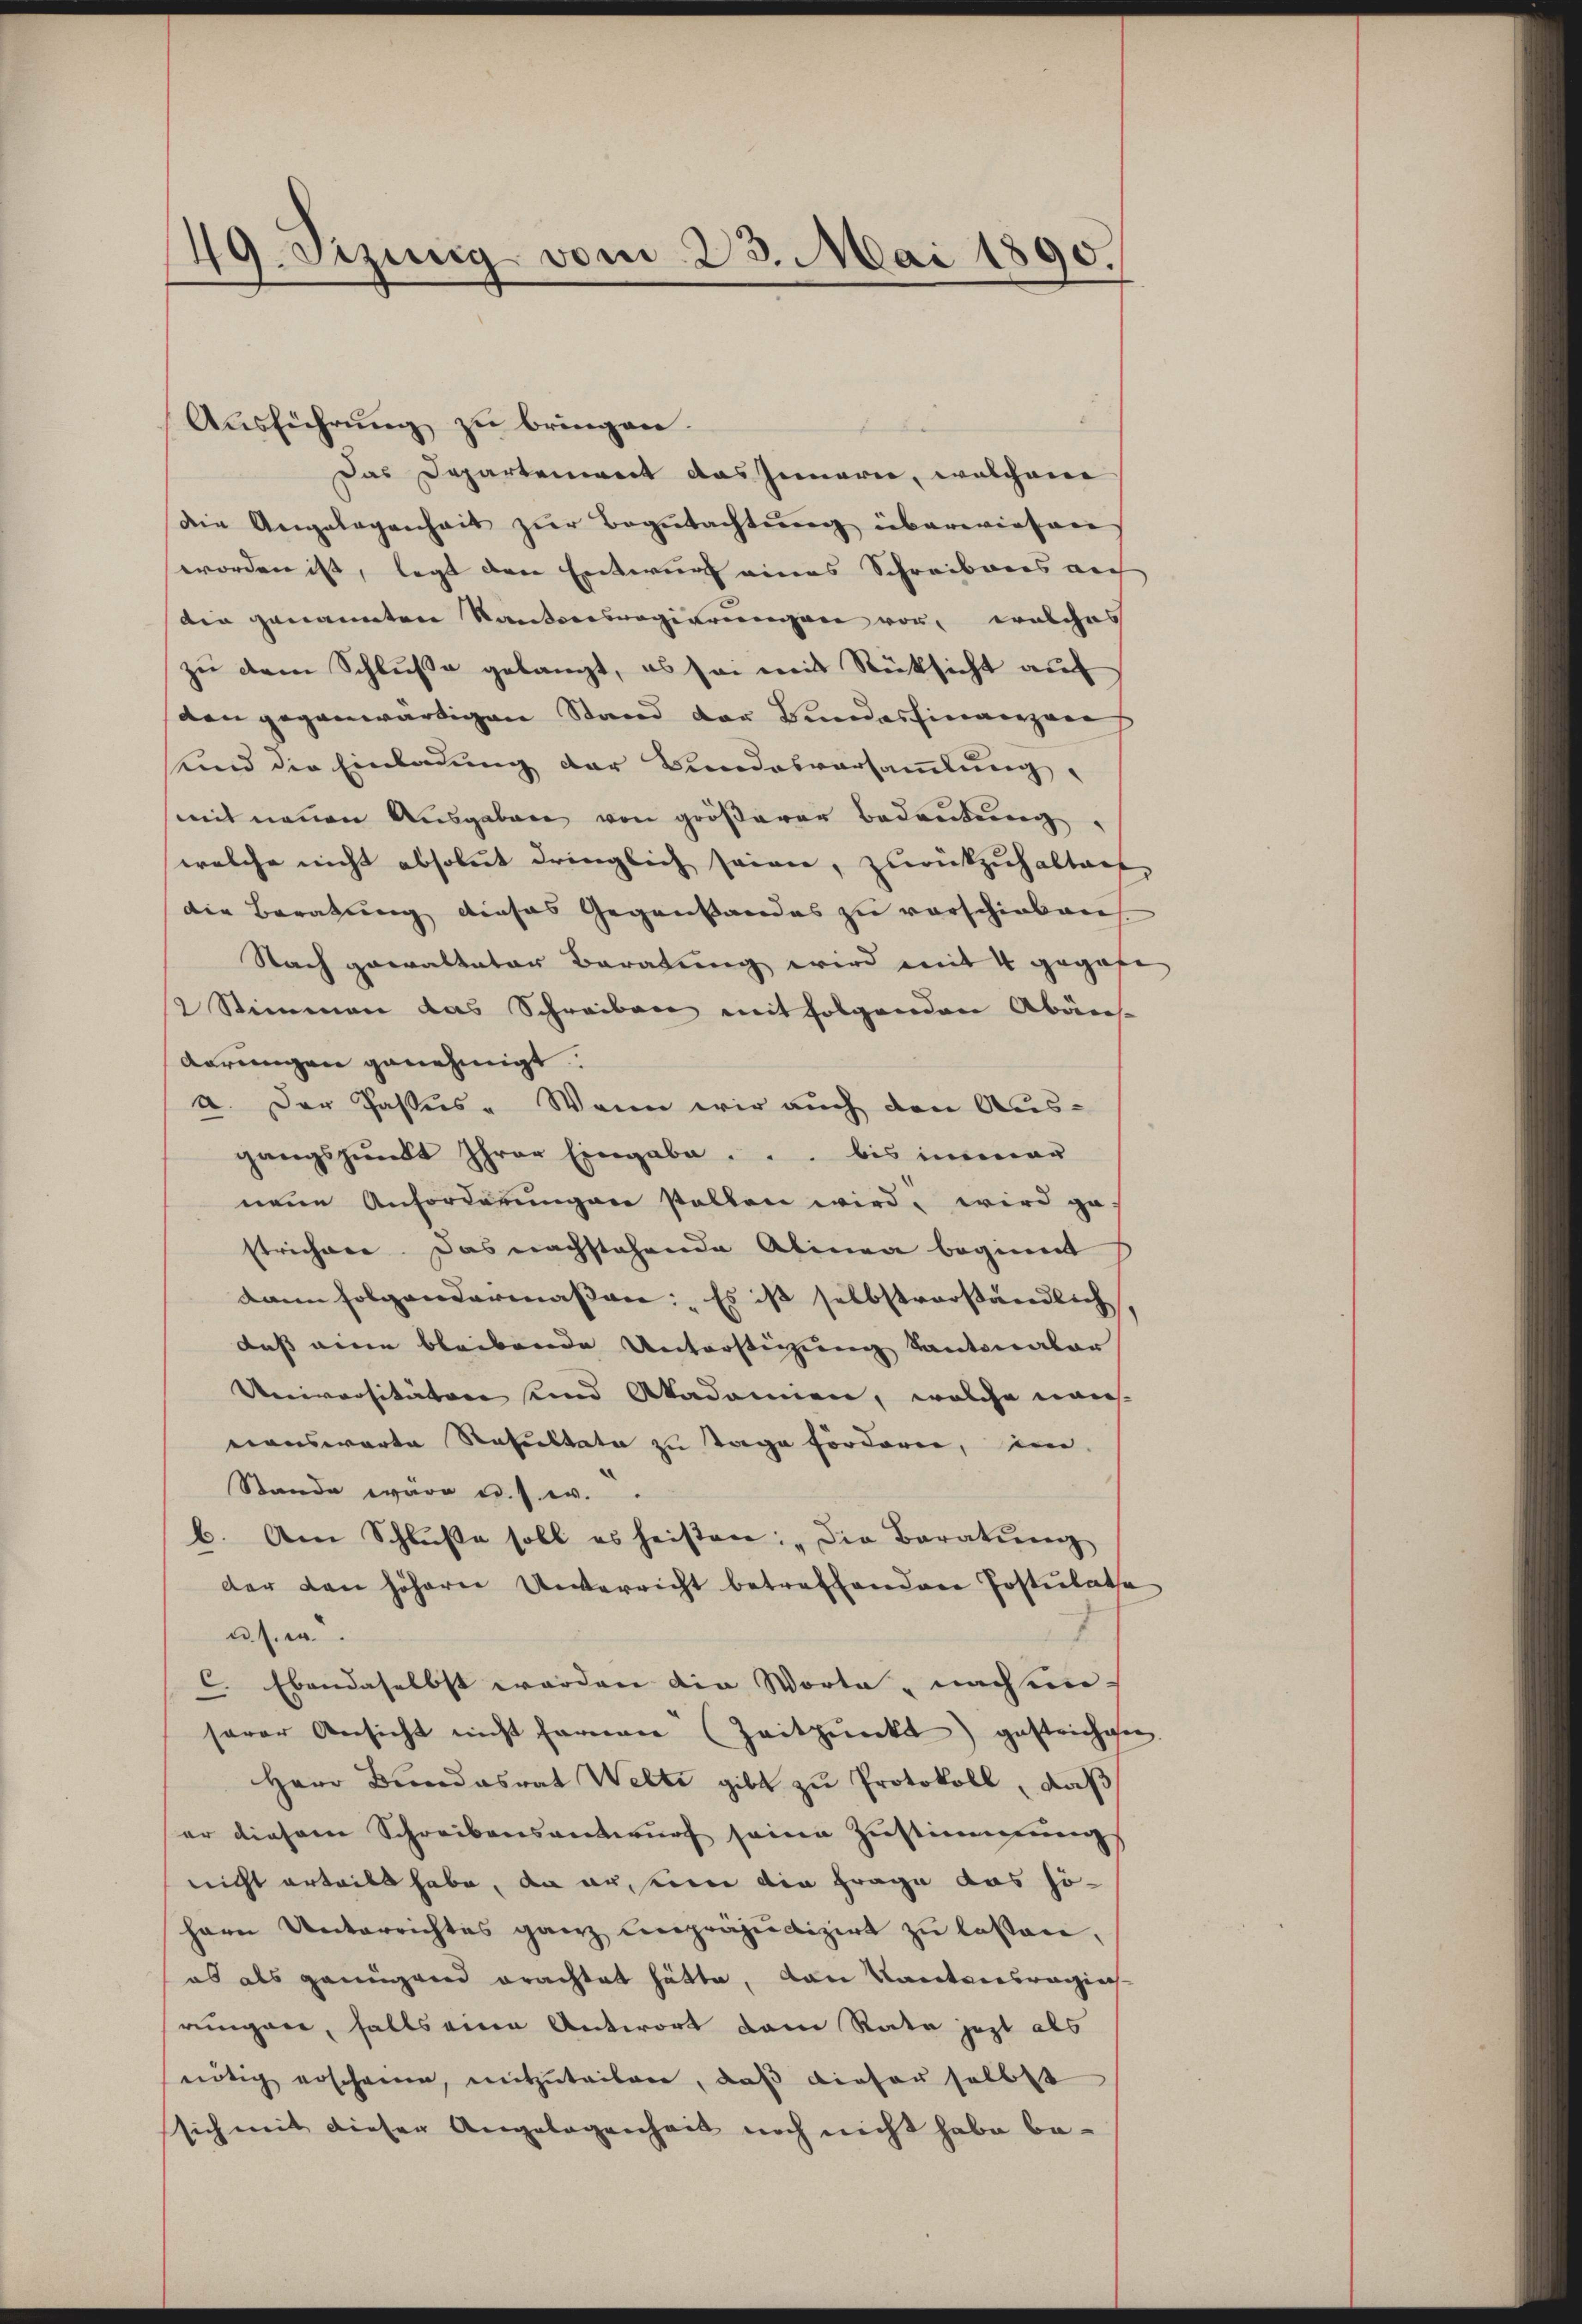
49. Sizung vom 23. Mai 1890.

Aŭsführŭng zu bringen.
Das Departement das Innerie, welchem
die Angelegenheit zŭr Begŭtachtŭng überwiesen,
worden ist, legt den Entwurf eines Schreibens auch
din genannten Kantoresregierungen vor, welches
zu dem Schluße gelangt, es sei mit Rücksicht auf
den gegenwärtigen Stand der Bundesfinanzans
sund die Einladung der Bundesversammlung,
mit neuen Ausgaben von größerer Bedeutung,
welche nicht absolut dringlich seien, zurückzuhalten,
die Beratung dieses Gegenstandes zu verschieben.
Nach gewaltater Beratung wird mit 4 gegebe
2 Stimmen das Schreiben mit folgenden Abänarrungen genehmigt.
a. Der Passus. Wenn wir auch den Aus-
gangspundt Ihrer Eingabe. .. bis immer
nene Anforderungen stellen wird, wird ge-
strichter. Das nachstehende Alinea beginnt
dann folgendermassen: „Es ist selbstverständlich
dass eine bleibende Unterstützung Kantonaler
Universitätere und Akademien, welche nans
eiauswarte Resultate zu Tage fordern, im
Stande wäre u. s. w.
b. Am Schluße soll es heisten: „Die Baratung
der den höhern Unterricht betreffendere Postulate
u. s. w.
c. Ebendaselbst worden die Worte nachsenserer Ansicht nicht fernen (Zeitpunkt gestrichten
Herr Bundesrat Welti gibt zŭ Protokoll, daß
er diesem Schreibensantwurf seine Zustimmungs
nicht erteilt habe, da aus einen die Frage das sohern Unterrichtes ganz lenpräjudizirt zu lassen,
as als genügend erachtet hätte, von Kantonsragins
rungen, falls eine Antwort dem Rata jezt als
nötig erscheine, mitzŭteilen, daβ dieser selbst
sich mit dieser Angelegenheit noch nicht habe be-